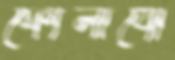
ফোলাবো